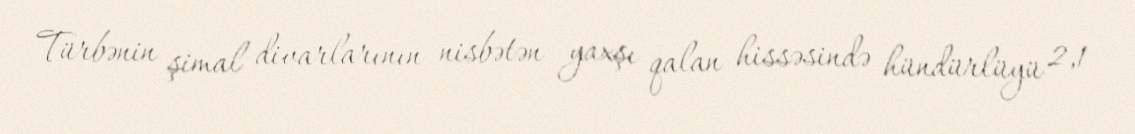
Türbənin şimal divarlarının nisbətən yaxşı qalan hissəsində hündürlüyü 2,1